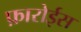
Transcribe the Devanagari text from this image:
फ़ारोईस